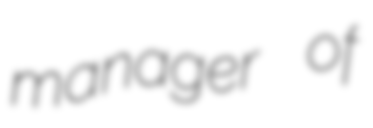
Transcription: manager of